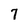
Character: 7